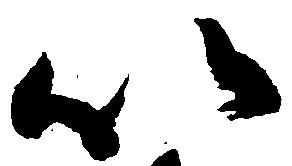
以